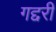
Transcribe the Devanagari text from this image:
गद्दरी